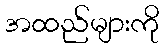
အထည်များကို